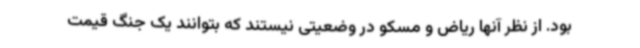
بود. از نظر آنها ریاض و مسکو در وضعیتی نیستند که بتوانند یک جنگ قیمت